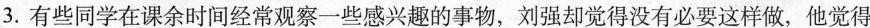
3.有些同学在课余时间经常观察一些感兴趣的事物，刘强却觉得没有必要这样做，他觉得